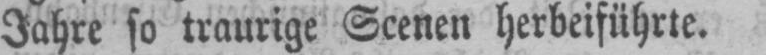
Jahre so traurige Scenen herbeiführte.